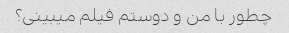
چطور با من و دوستم فیلم میبینی؟